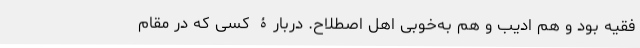
فقیه بود و هم ادیب و هم به‌خوبی اهل اصطلاح. دربارۀ کسی که در مقام